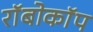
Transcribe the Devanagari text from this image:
राॅबोकाॅप